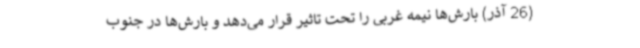
(26 آذر) بارش‌ها نیمه غربی را تحت تاثیر قرار می‌دهد و بارش‌ها در جنوب